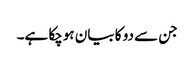
جن سے دو کا بیان ہوچکا ہے۔